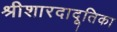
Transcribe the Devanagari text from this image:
श्रीशारदादूतिका